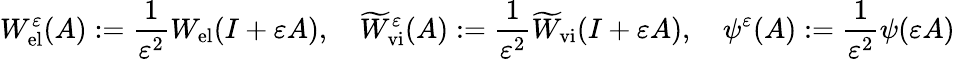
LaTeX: W_{\mathrm{el}}^{\varepsilon}(A):=\frac{1}{\varepsilon^{2}}W_{\mathrm{el}}(I+\varepsilon A),\quad\widetilde{W}_{\mathrm{vi}}^{\varepsilon}(A):=\frac{1}{\varepsilon^{2}}\widetilde{W}_{\mathrm{vi}}(I+\varepsilon A),\quad\psi^{\varepsilon}(A):=\frac{1}{\varepsilon^{2}}\psi(\varepsilon A)